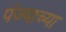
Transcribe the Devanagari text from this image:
पंज्याच्या